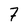
Character: 7